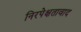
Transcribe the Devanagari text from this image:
निरपेक्षतावाद